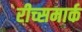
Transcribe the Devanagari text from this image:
रीच्समार्क